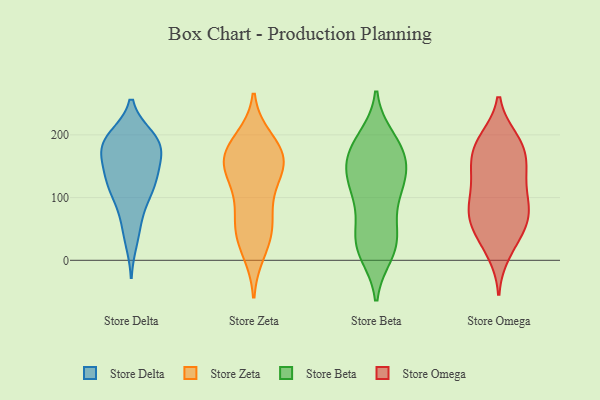
{"axis": {"x": "Humidity (%)", "y": "Value"}, "legend": ["Store Beta", "Store Delta", "Store Omega", "Store Zeta"], "data": [{"x": "", "y": 187, "type": "Store Delta"}, {"x": "", "y": 190, "type": "Store Delta"}, {"x": "", "y": 194, "type": "Store Delta"}, {"x": "", "y": 122, "type": "Store Delta"}, {"x": "", "y": 179, "type": "Store Delta"}, {"x": "", "y": 188, "type": "Store Delta"}, {"x": "", "y": 151, "type": "Store Delta"}, {"x": "", "y": 158, "type": "Store Delta"}, {"x": "", "y": 196, "type": "Store Delta"}, {"x": "", "y": 109, "type": "Store Delta"}, {"x": "", "y": 84, "type": "Store Delta"}, {"x": "", "y": 174, "type": "Store Delta"}, {"x": "", "y": 57, "type": "Store Delta"}, {"x": "", "y": 32, "type": "Store Delta"}, {"x": "", "y": 119, "type": "Store Delta"}, {"x": "", "y": 135, "type": "Store Delta"}, {"x": "", "y": 121, "type": "Store Delta"}, {"x": "", "y": 148, "type": "Store Zeta"}, {"x": "", "y": 61, "type": "Store Zeta"}, {"x": "", "y": 175, "type": "Store Zeta"}, {"x": "", "y": 119, "type": "Store Zeta"}, {"x": "", "y": 192, "type": "Store Zeta"}, {"x": "", "y": 57, "type": "Store Zeta"}, {"x": "", "y": 153, "type": "Store Zeta"}, {"x": "", "y": 102, "type": "Store Zeta"}, {"x": "", "y": 14, "type": "Store Zeta"}, {"x": "", "y": 55, "type": "Store Zeta"}, {"x": "", "y": 183, "type": "Store Zeta"}, {"x": "", "y": 29, "type": "Store Zeta"}, {"x": "", "y": 165, "type": "Store Zeta"}, {"x": "", "y": 154, "type": "Store Zeta"}, {"x": "", "y": 153, "type": "Store Zeta"}, {"x": "", "y": 42, "type": "Store Beta"}, {"x": "", "y": 137, "type": "Store Beta"}, {"x": "", "y": 153, "type": "Store Beta"}, {"x": "", "y": 149, "type": "Store Beta"}, {"x": "", "y": 118, "type": "Store Beta"}, {"x": "", "y": 181, "type": "Store Beta"}, {"x": "", "y": 33, "type": "Store Beta"}, {"x": "", "y": 91, "type": "Store Beta"}, {"x": "", "y": 14, "type": "Store Beta"}, {"x": "", "y": 127, "type": "Store Beta"}, {"x": "", "y": 184, "type": "Store Beta"}, {"x": "", "y": 11, "type": "Store Beta"}, {"x": "", "y": 37, "type": "Store Beta"}, {"x": "", "y": 92, "type": "Store Beta"}, {"x": "", "y": 194, "type": "Store Beta"}, {"x": "", "y": 23, "type": "Store Beta"}, {"x": "", "y": 165, "type": "Store Beta"}, {"x": "", "y": 180, "type": "Store Beta"}, {"x": "", "y": 121, "type": "Store Beta"}, {"x": "", "y": 193, "type": "Store Omega"}, {"x": "", "y": 80, "type": "Store Omega"}, {"x": "", "y": 101, "type": "Store Omega"}, {"x": "", "y": 81, "type": "Store Omega"}, {"x": "", "y": 12, "type": "Store Omega"}, {"x": "", "y": 142, "type": "Store Omega"}, {"x": "", "y": 107, "type": "Store Omega"}, {"x": "", "y": 26, "type": "Store Omega"}, {"x": "", "y": 187, "type": "Store Omega"}, {"x": "", "y": 69, "type": "Store Omega"}, {"x": "", "y": 60, "type": "Store Omega"}, {"x": "", "y": 136, "type": "Store Omega"}, {"x": "", "y": 147, "type": "Store Omega"}, {"x": "", "y": 186, "type": "Store Omega"}, {"x": "", "y": 148, "type": "Store Omega"}, {"x": "", "y": 188, "type": "Store Omega"}, {"x": "", "y": 167, "type": "Store Omega"}, {"x": "", "y": 55, "type": "Store Omega"}, {"x": "", "y": 85, "type": "Store Omega"}, {"x": "", "y": 45, "type": "Store Omega"}]}